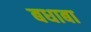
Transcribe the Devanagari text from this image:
बधाबा